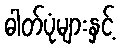
ဓါတ်ပုံများနှင့်